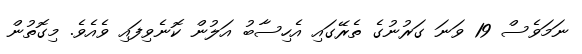
ނަމަވެސް 19 ވަނަ ގަރުނުގެ ތެރޭގައި އެހިސާބު އަލުން ކޮނެވިފައި ވެއެވެ. މިގޮތުން